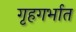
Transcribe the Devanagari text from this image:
गृहगर्भात